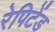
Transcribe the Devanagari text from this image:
रेपिटेंड